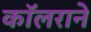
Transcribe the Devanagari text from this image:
कॉलराने